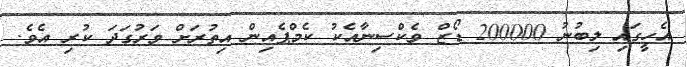
އެހީގައި ލިބުނު 200000 ޑޯޒް ވެކްސިނާއެކު ކެމްޕެއިން އިތުރަށް ވަރުގަދަ ކުރި އެވެ.